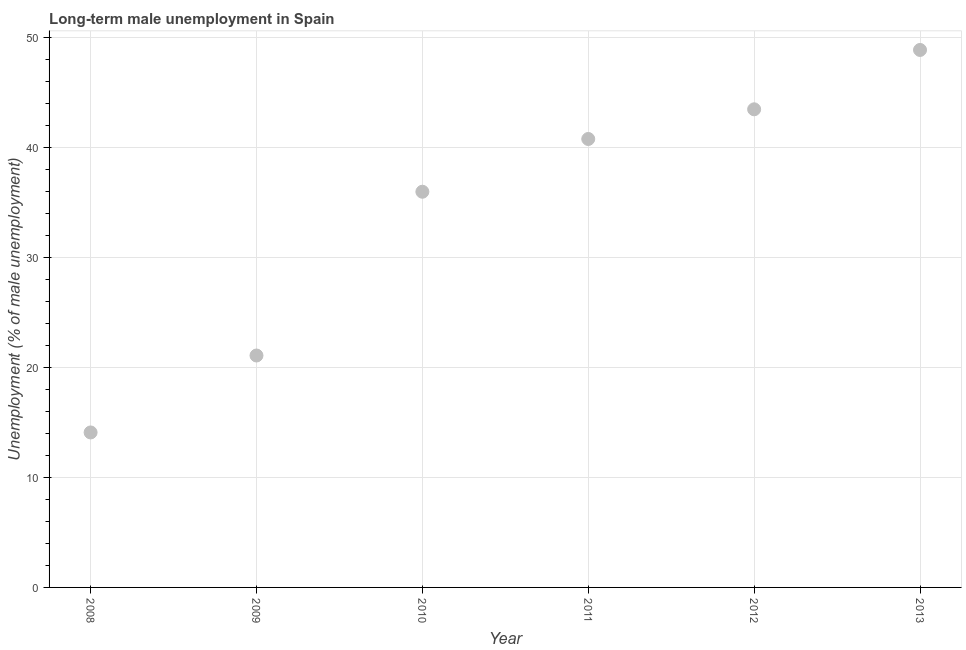
| Year | Long-term unemployment male |
 | --- | --- |
 | 2008 | 14.1 |
 | 2009 | 21.1 |
 | 2010 | 36 |
 | 2011 | 40.8 |
 | 2012 | 43.5 |
 | 2013 | 48.9 |